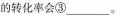
的转化率会③___